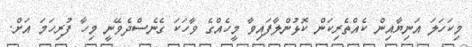
މިކަހަލަ އަނިޔާއިން ކެއްތެރިކަން ކޮޅުންލާފައިވާ މީހެއްގެ ވާހަކަ ގެނެސްދެވޭނީ މިހާ ފުރިހަމަ އަށް.